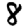
Digit: 8